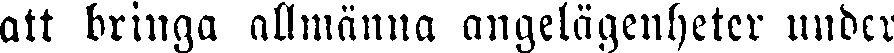
att bringa allmänna angelägenheter under